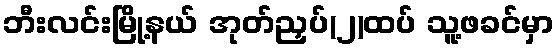
ဘီးလင်းမြို့နယ် အုတ်ညှပ်(၂)ထပ် သူ့ဖခင်မှာ